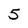
Character: 5